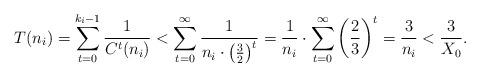
LaTeX: \begin{align*}T(n_i)=\sum_{t=0}^{k_i-1} \frac{1}{C^t(n_i)} < \sum_{t=0}^{\infty} \frac{1}{n_i \cdot \left(\tfrac{3}{2}\right)^t} = \frac{1}{n_i} \cdot \sum_{t=0}^{\infty} \left(\frac{2}{3}\right)^t = \frac{3}{n_i} < \frac{3}{X_0}.\end{align*}